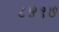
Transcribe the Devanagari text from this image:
८५१७